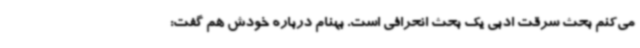
می‌کنم بحث سرقت ادبی یک بحث انحرافی است. بهنام درباره خودش هم گفت: